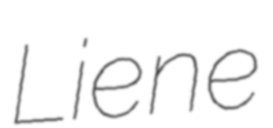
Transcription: Liene